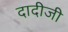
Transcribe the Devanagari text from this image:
दादीजी